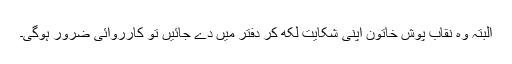
البتہ وہ نقاب پوش خاتون اپنی شکایت لکھ کر دفتر میں دے جائیں تو کارروائی ضرور ہوگی۔